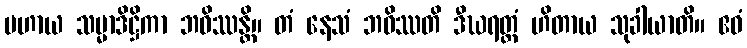
ပဟာယ သမ္မာဒိဋ္ဌိကာ ဘဝိဿန္တိ။ တံ နေသံ ဘဝိဿတိ ဒီဃရတ္တံ ဟိတာယ သုခါယာတိ။ ဧဝံ